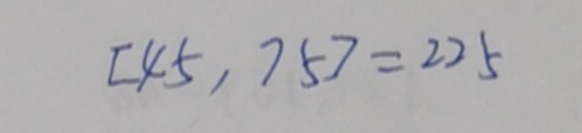
[ 4 5 , 7 5 ] = 2 2 5